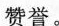
赞誉。